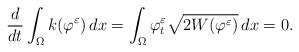
LaTeX: \begin{align*}\frac{d}{dt}\int_{\Omega} k(\varphi ^\varepsilon) \, dx=\int_{\Omega}\varphi ^\varepsilon _t \sqrt{2W(\varphi ^\varepsilon)} \, dx =0.\end{align*}